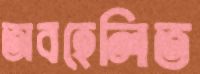
অবহেলিত